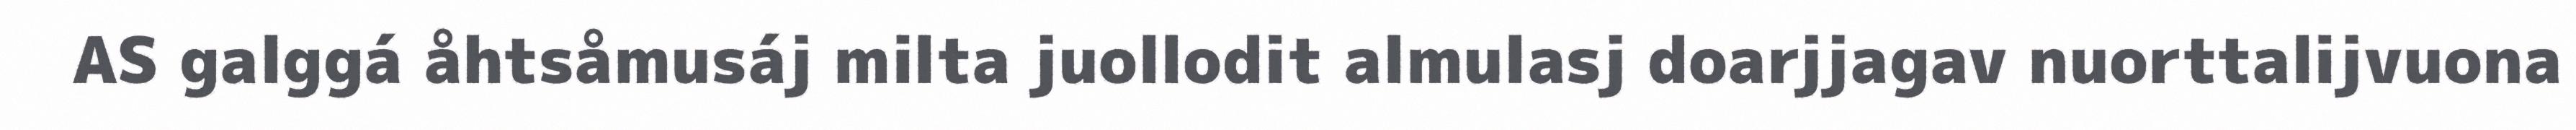
AS galggá åhtsåmusáj milta juollodit almulasj doarjjagav nuorttalijvuona